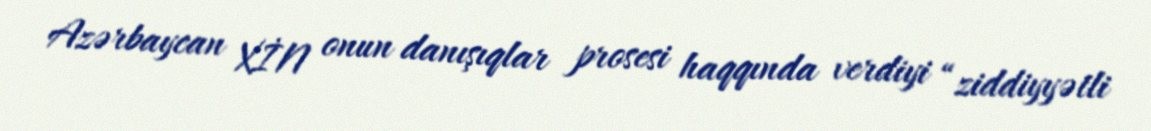
Azərbaycan XİN onun danışıqlar prosesi haqqında verdiyi “ziddiyyətli